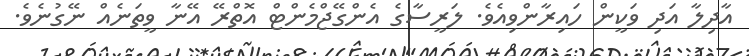
އާދިލާ އަދި ވަކީން ހައިރާންވިއެވެ. ލަރީސާގެ އެންގޭޖްމެންޓް އޮތްރޭ އޭނާ ވީތަނެއް ނޭގުނެވެ.